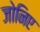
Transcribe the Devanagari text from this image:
जोनिए